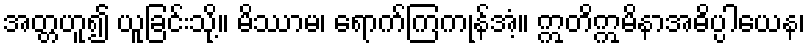
အတ္တဟူ၍ ယူခြင်းသို့။ မိဿာမ၊ ရောက်ကြကုန်အံ့။ ဣတိဣမိနာအဓိပ္ပါယေန၊